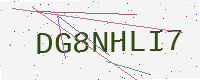
Text: DG8NHLI7